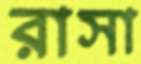
রাসা